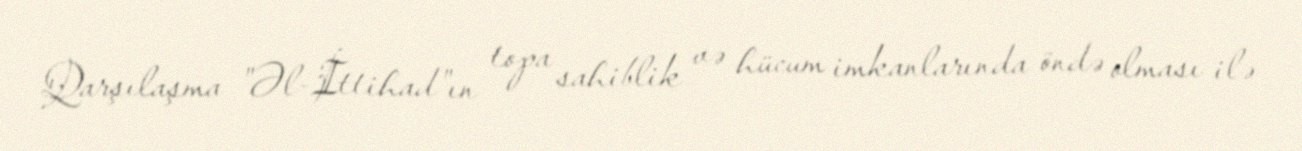
Qarşılaşma "Əl-İttihad"ın topa sahiblik və hücum imkanlarında öndə olması ilə